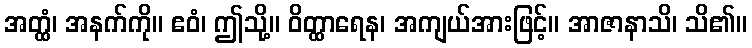
အတ္ထံ၊ အနက်ကို။ ဧဝံ၊ ဤသို့။ ဝိတ္ထာရေန၊ အကျယ်အားဖြင့်။ အာဇာနာသိ၊ သိ၏။